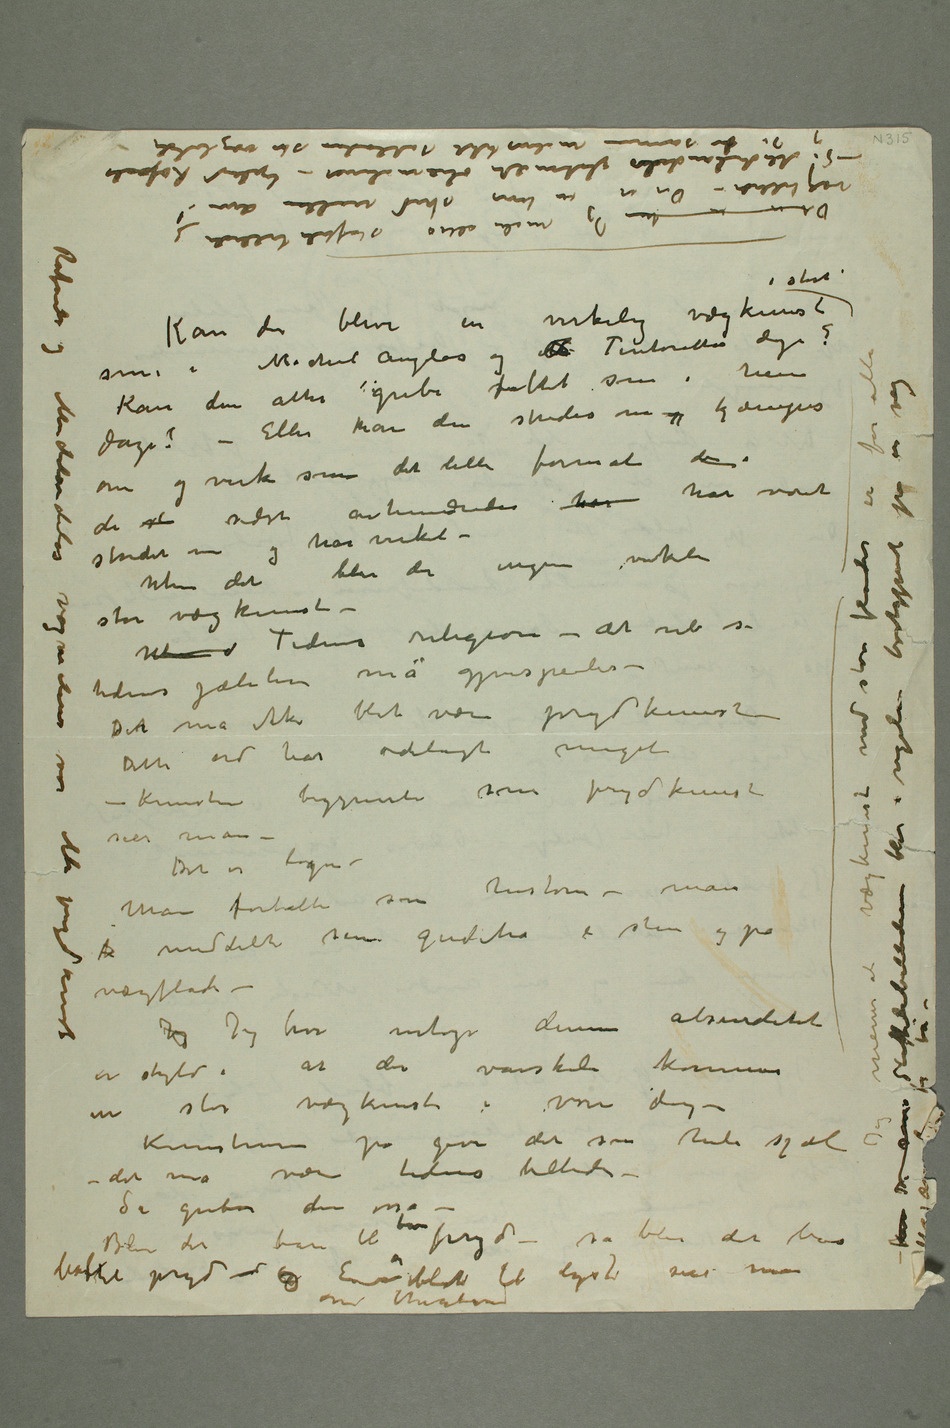
Kan der blive en virkelig vægkunst i stort som i Michel Angelos og  Tintorettos dage? Kan den
atter gribe sfolket som i hine dage? – Eller kan den strides om og kjæmpes om
at der vanskeli kommer en
vægbilleder –
sødladne store vægbilder Rafaels og Michelangelos vægmalerier